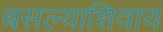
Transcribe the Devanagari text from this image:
बसल्याशिवाय